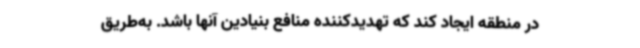
در منطقه ایجاد کند که تهدیدکننده منافع بنیادین آنها باشد. به‌طریق